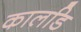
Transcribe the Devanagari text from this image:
कालडि